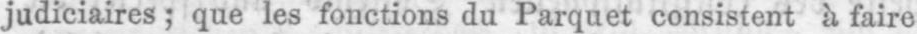
judiciaires; que les fonctions du Parquet consistent à faire